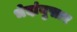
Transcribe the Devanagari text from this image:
भेदांनुसार